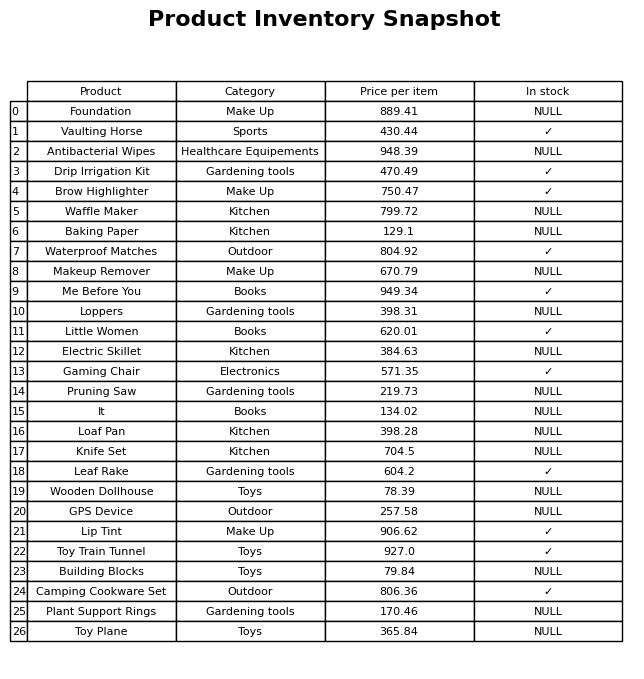
question: What category does the Lip Tint belong to?
answer: Make Up